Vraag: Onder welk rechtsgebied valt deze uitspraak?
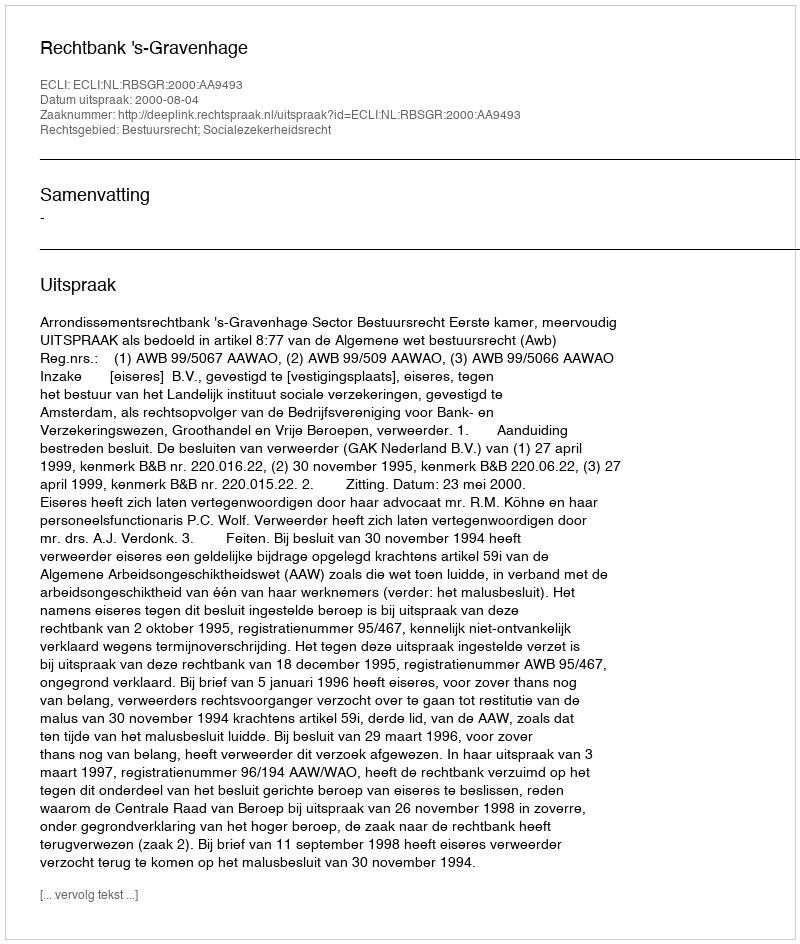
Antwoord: Bestuursrecht; Socialezekerheidsrecht